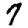
Digit: 7